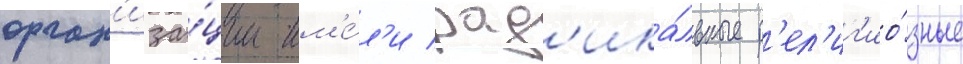
орган'иза́ции им'е́л'и рад'ика́льные р'ел'иг'ио́зные